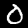
Label: 0